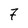
Character: 7